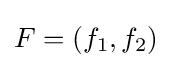
F=(f_{1},f_{2})